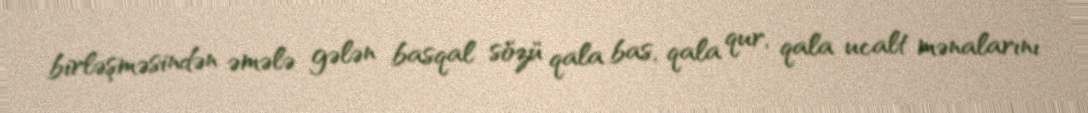
birləşməsindən əmələ gələn basqal sözü qala bas, qala qur, qala ucalt mənalarını